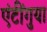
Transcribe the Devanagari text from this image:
एंटींगुया